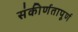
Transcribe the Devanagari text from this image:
संकीर्णतापूर्ण